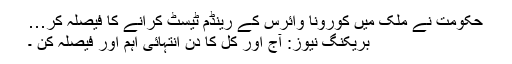
حکومت نے ملک میں کورونا وائرس کے رینڈم ٹیسٹ کرانے کا فیصلہ کر…
بریکنگ نیوز: آج اور کل کا دن انتہائی اہم اور فیصلہ کن ۔